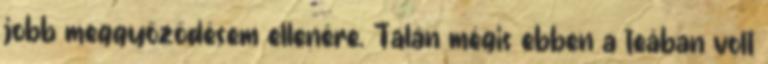
jobb meggyőződésem ellenére. Talán mégis ebben a teában volt